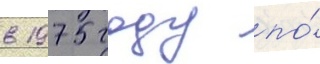
в 1975 году по́